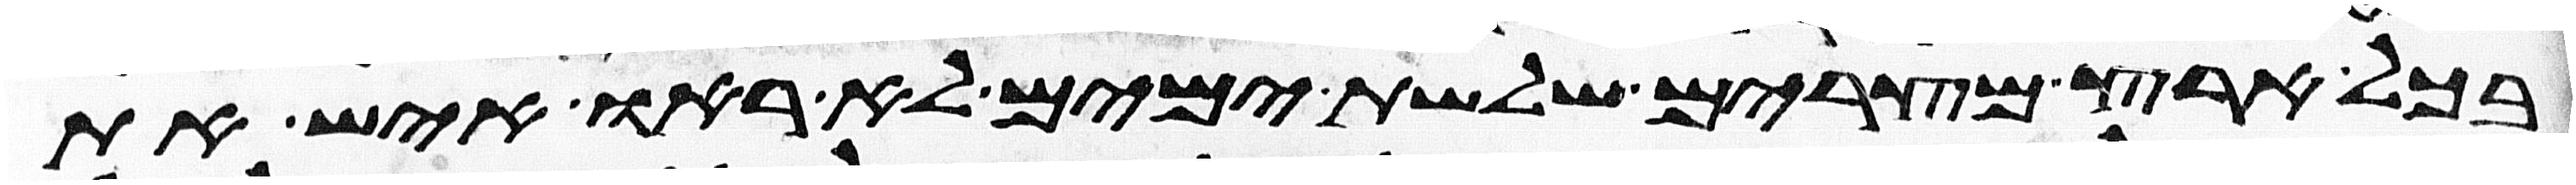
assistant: בכל ארץ מצרים שלשת ימים לא ראו איש את